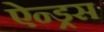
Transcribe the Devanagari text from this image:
ऐन्ड्रस